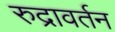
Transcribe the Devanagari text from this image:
रुद्रावर्तन